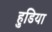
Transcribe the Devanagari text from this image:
हुडिया